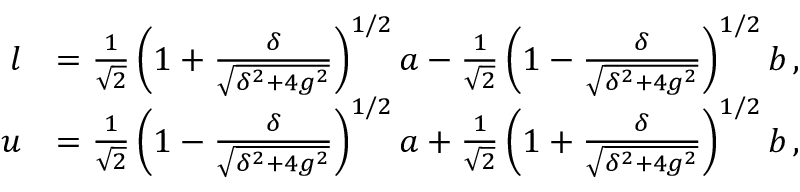
\begin{array} { r l } { l } & { = \frac { 1 } { \sqrt { 2 } } \left( 1 + \frac { \delta } { \sqrt { \delta ^ { 2 } + 4 g ^ { 2 } } } \right) ^ { 1 / 2 } a - \frac { 1 } { \sqrt { 2 } } \left( 1 - \frac { \delta } { \sqrt { \delta ^ { 2 } + 4 g ^ { 2 } } } \right) ^ { 1 / 2 } b \, , } \\ { u } & { = \frac { 1 } { \sqrt { 2 } } \left( 1 - \frac { \delta } { \sqrt { \delta ^ { 2 } + 4 g ^ { 2 } } } \right) ^ { 1 / 2 } a + \frac { 1 } { \sqrt { 2 } } \left( 1 + \frac { \delta } { \sqrt { \delta ^ { 2 } + 4 g ^ { 2 } } } \right) ^ { 1 / 2 } b \, , } \end{array}